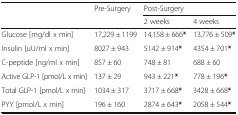
| <ROWSPAN=2>  | <ROWSPAN=2> Pre-Surgery | <COLSPAN=2> Post-Surgery |
 | 2 weeks | 4 weeks |
 | --- | --- | --- | --- |
 | Glucose [mg/dl x min] | 17,229 ± 1199 | 14,158 ± 666* | 13,776 ± 509* |
 | Insulin [uU/ml x min] | 8027 ± 943 | 5142 ± 914* | 4354 ± 701* |
 | C-peptide [ng/ml x min] | 857 ± 60 | 748 ± 81 | 688 ± 60 |
 | Active GLP-1 [pmol/L x min] | 137 ± 29 | 943 ± 221* | 778 ± 196* |
 | Total GLP-1 [pmol/L x min] | 1034 ± 317 | 3717 ± 668* | 3428 ± 668* |
 | PYY [pmol/L x min] | 196 ± 160 | 2874 ± 643* | 2058 ± 544* |